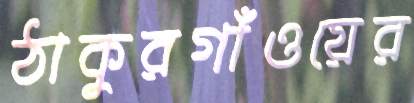
ঠাকুরগাঁওয়ের